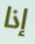
إذا